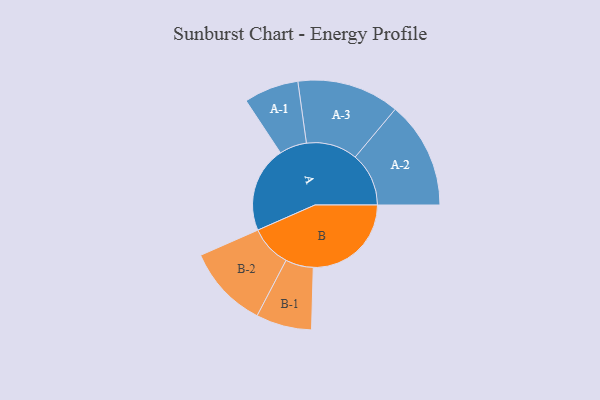
{"axis": {"x": "Segment", "y": "Value"}, "legend": ["", "A", "B"], "data": [{"x": "A", "y": 367, "type": ""}, {"x": "B", "y": 419, "type": ""}, {"x": "A-1", "y": 117, "type": "A"}, {"x": "A-2", "y": 229, "type": "A"}, {"x": "A-3", "y": 219, "type": "A"}, {"x": "B-1", "y": 119, "type": "B"}, {"x": "B-2", "y": 177, "type": "B"}]}